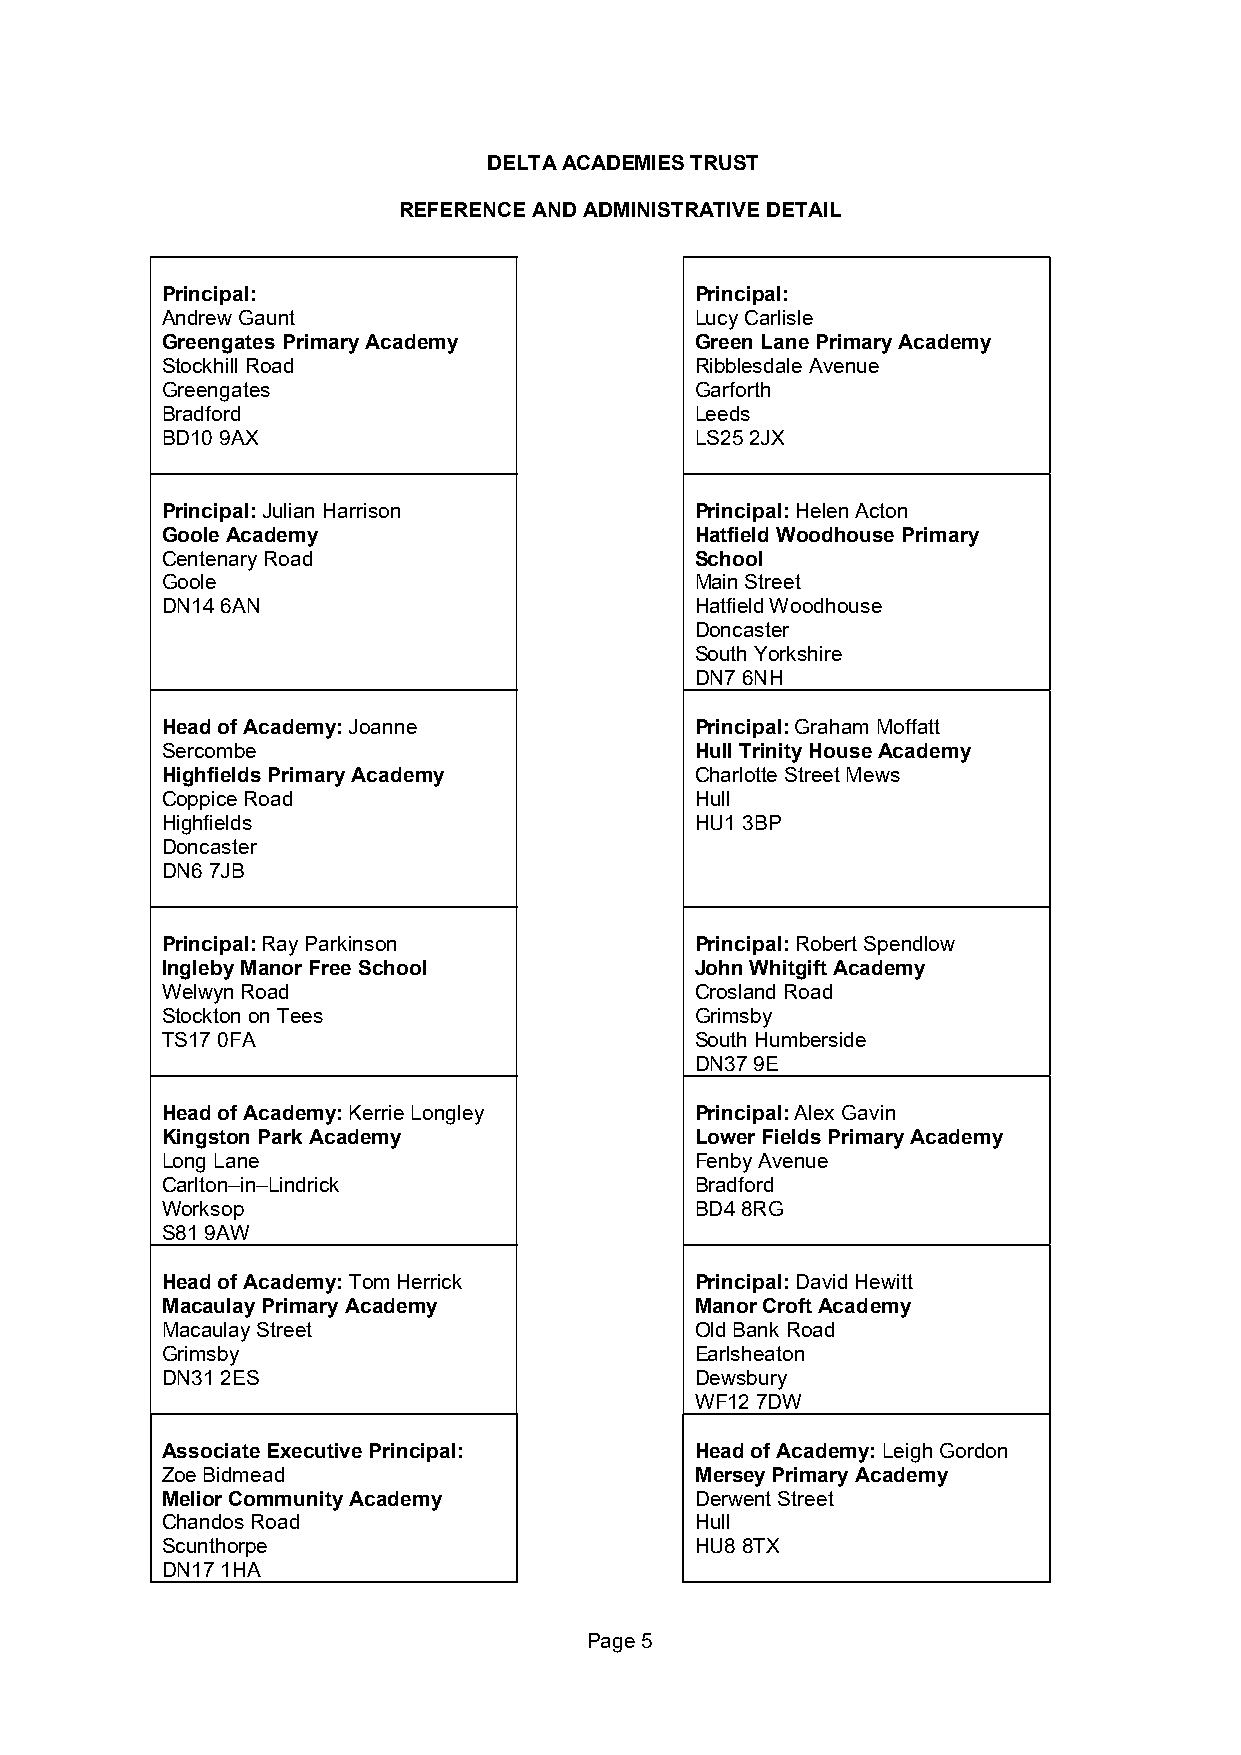
DELTA ACADEMIES TRUST
 REFERENCE AND ADMINISTRATIVE DETAIL
 Principal:                         Principal:
 Andrew Gaunt                       Lucy Carlisle
 Greengates Primary Academy         Green Lane Primary Academy
 Stockhill Road                     Ribblesdale Avenue
 Greengates                         Garforth
 Bradford                           Leeds
 BD10 9AX                           LS25 2JX
 Principal: Julian Harrison         Principal: Helen Acton
 Goole Academy                      Hatfield Woodhouse Primary
 Centenary Road                     School
 Goole                              Main Street
 DN14 6AN                           Hatfield Woodhouse
 Doncaster
 South Yorkshire
 DN7 6NH
 Head of Academy: Joanne            Principal: Graham Moffatt
 Sercombe                           Hull Trinity House Academy
 Highfields Primary Academy         Charlotte Street Mews
 Coppice Road                       Hull
 Highfields                         HU1 3BP
 Doncaster
 DN6 7JB
 Principal: Ray Parkinson           Principal: Robert Spendlow
 Ingleby Manor Free School          John Whitgift Academy
 Welwyn Road                        Crosland Road
 Stockton on Tees                   Grimsby
 TS17 0FA                           South Humberside
 DN37 9E
 Head of Academy: Kerrie Longley    Principal: Alex Gavin
 Kingston Park Academy              Lower Fields Primary Academy
 Long Lane                          Fenby Avenue
 Carlton–in–Lindrick                Bradford
 Worksop                            BD4 8RG
 S81 9AW
 Head of Academy: Tom Herrick       Principal: David Hewitt
 Macaulay Primary Academy           Manor Croft Academy
 Macaulay Street                    Old Bank Road
 Grimsby                            Earlsheaton
 DN31 2ES                           Dewsbury
 WF12 7DW
 Associate Executive Principal:     Head of Academy: Leigh Gordon
 Zoe Bidmead                        Mersey Primary Academy
 Melior Community Academy           Derwent Street
 Chandos Road                       Hull
 Scunthorpe                         HU8 8TX
 DN17 1HA
 Page 5